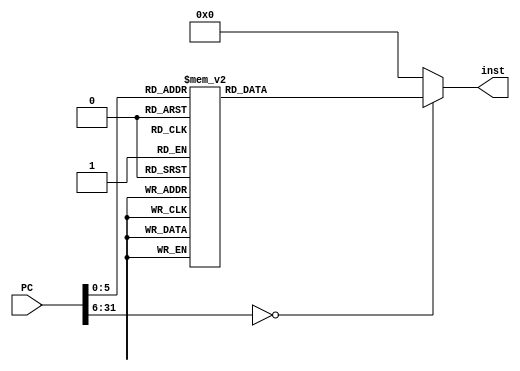
module Instruction_Memory (
                          input [31:0] PC,
                          output reg [31:0] inst);
  always @ (PC)
    case(PC)
      // I-type instructions
      0: inst =  32'h34090005; // ori $t1, $0, 0x5
      4: inst =  32'h340a0005; // ori $t2, $0, 0x5
      8: inst =  32'h340b0008; // ori $t3, $0, 0x8
      12: inst = 32'h340c000f; // ori $t4, $0, 0xf
      16: inst = 32'h340d0020; // ori $t5, $0, 0x20

      // R-type
      20: inst = 32'h01494824; // and $t1, $t2, $t1
      24: inst = 32'h014b5821; // addu $t3, $t2, $t3


      // More I type but store
      28: inst = 32'hada90000; // sw $t1, 0($t5)
      32: inst = 32'hadab0004; // sw $t3, 4($t5)

      // More I type but load
      26: inst = 32'h8daa0000; // lw $t2, 0($t5)
      40: inst = 32'h8dac0004; // lw $t4, 4($t5)

      // J type, make this an infinite loop
      44: inst = 32'h25ad0008; // addiu $t5, $t5, 0x8
      48: inst = 32'h08000005; // j 20

      default: inst = 32'b0;
    endcase
endmodule